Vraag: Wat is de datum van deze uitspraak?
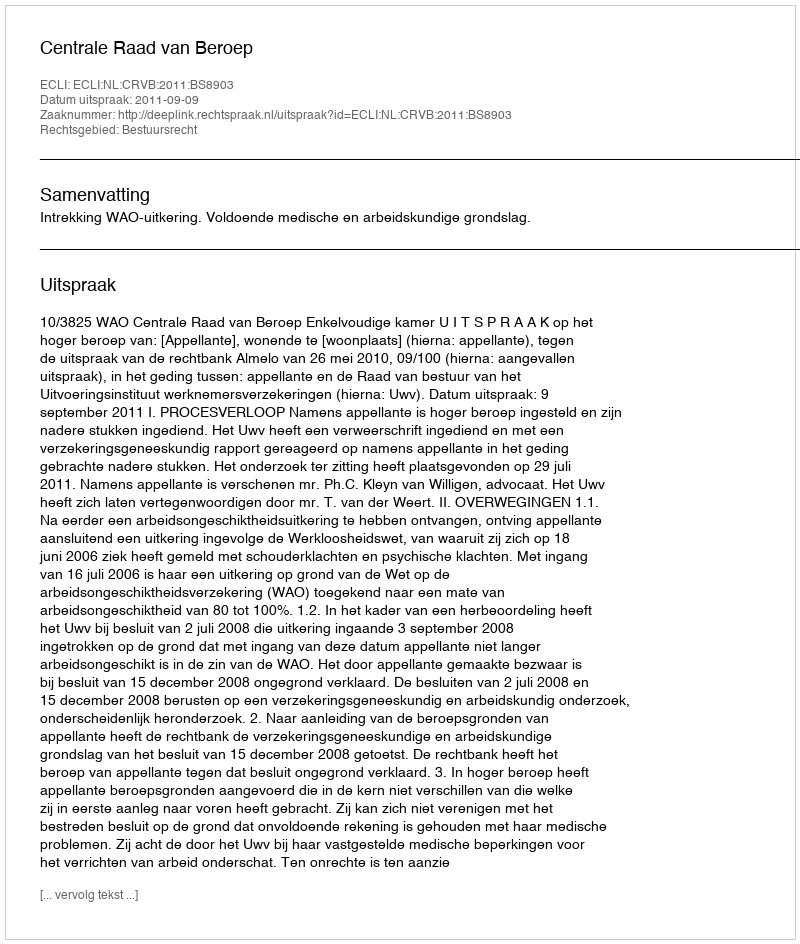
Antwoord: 2011-09-09